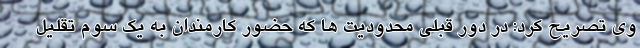
وی تصریح کرد: در دور قبلی محدودیت ها که حضور کارمندان به یک سوم تقلیل